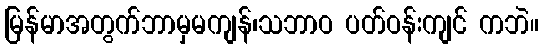
မြန်မာအတွက်ဘာမှမကျန်၊သဘာဝ ပတ်ဝန်းကျင် ကဘဲ။